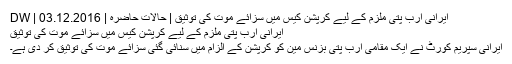
ایرانی ارب پتی ملزم کے لیے کرپشن کیس میں سزائے موت کی توثیق | حالات حاضرہ | DW | 03.12.2016
ایرانی ارب پتی ملزم کے لیے کرپشن کیس میں سزائے موت کی توثیق
ایرانی سپریم کورٹ نے ایک مقامی ارب پتی بزنس مین کو کرپشن کے الزام میں سنائی گئی سزائے موت کی توثیق کر دی ہے۔